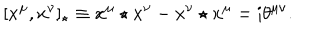
[ x ^ { \mu } , x ^ { \nu } ] _ { \star } \equiv x ^ { \mu } \star x ^ { \nu } - x ^ { \nu } \star x ^ { \mu } = \mathrm { i } \theta ^ { \mu \nu } .